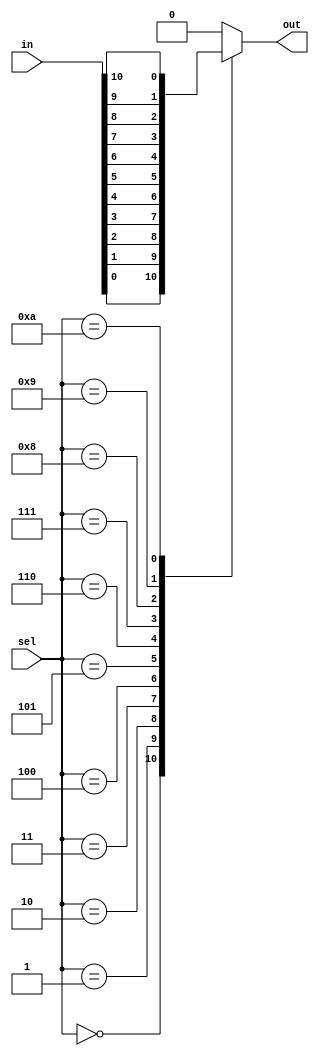
module mux(
    input [10:0] in,
    input [3:0] sel,
    output reg out
);

    always@(*) begin
        case(sel) 
            4'b0000: out = in[0];
            4'b0001: out = in[1];
            4'b0010: out = in[2];
            4'b0011: out = in[3];
            4'b0100: out = in[4];
            4'b0101: out = in[5];
            4'b0110: out = in[6];
            4'b0111: out = in[7];
            4'b1000: out = in[8];
            4'b1001: out = in[9];
            4'b1010: out = in[10];
            default: out = 0;
        endcase
    end


endmodule